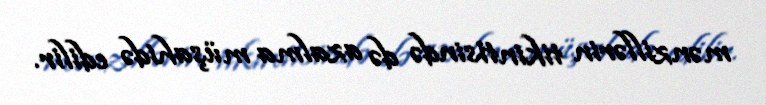
mənzillərin tikintisində də azalma müşahidə edilir.